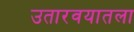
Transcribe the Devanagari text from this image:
उतारवयातला